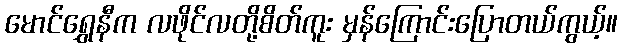
မောင်ရွှေနီက လဖိုင်လတို့စိတ်ကူး မှန်ကြောင်းပြောတယ်ကွယ့်။